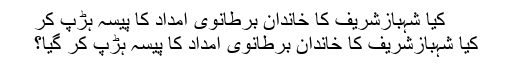
کیا شہبازشریف کا خاندان برطانوی امداد کا پیسہ ہڑپ کر
کیا شہبازشریف کا خاندان برطانوی امداد کا پیسہ ہڑپ کر گیا؟